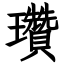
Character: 瓚